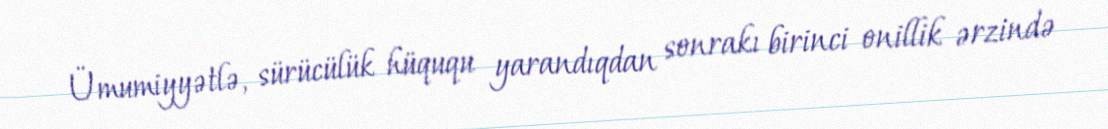
Ümumiyyətlə, sürücülük hüququ yarandıqdan sonrakı birinci onillik ərzində